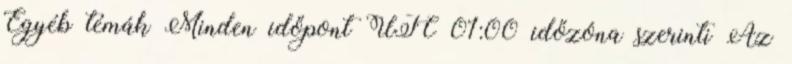
Egyéb témák Minden időpont UTC 01:00 időzóna szerinti Az